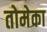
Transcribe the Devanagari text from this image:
तोमेका